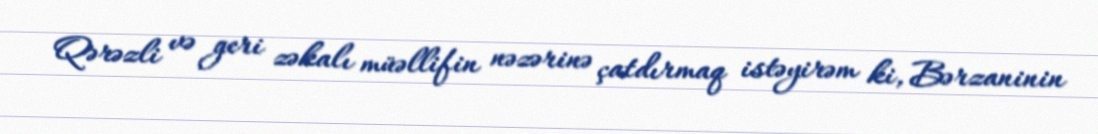
Qərəzli və geri zəkalı müəllifin nəzərinə çatdırmaq istəyirəm ki, Bərzaninin